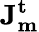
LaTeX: \mathbf{J_{m}^{t}}